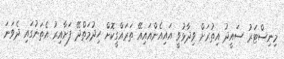
މިނިސްޓަރު ސައީދު އިތުރަށް ވިދާޅުވީ އައިއެންއައިއޭ ތަރައްގީކޮށް ހިދުމަތްދޭ ފަށާއިރު އެތަނުގައި ދެވަނަ